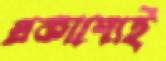
প্রকাশ্যেই